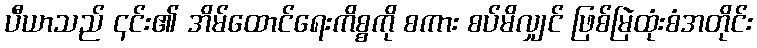
ပီယာသည် ၎င်း၏ အိမ်ထောင်ရေးကိစ္စကို စကား စပ်မိလျှင် ဖြစ်မြဲထုံးစံအတိုင်း